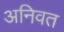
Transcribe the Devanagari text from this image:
अनिवत